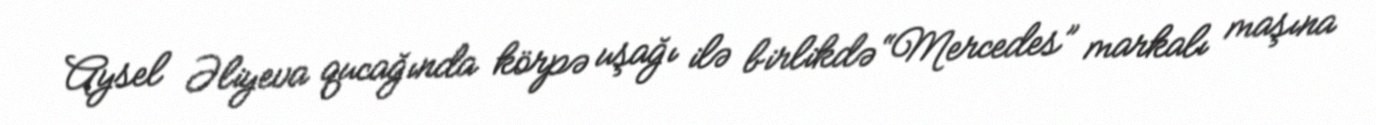
Aysel Əliyeva qucağında körpə uşağı ilə birlikdə “Mercedes” markalı maşına